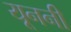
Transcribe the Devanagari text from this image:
यूननी